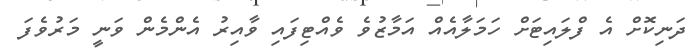
ދަނިކޮށް އެ ފްލައިޓަށް ހަމަލާއެއް އަމާޒުވެ ވެއްޓިފައި ވާއިރު އެންމެން ވަނީ މަރުވެފަ